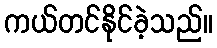
ကယ်တင်နိုင်ခဲ့သည်။